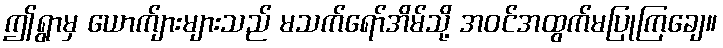
ဤရွာမှ ယောက်ျားများသည် မသက်ရော်အိမ်သို့ အဝင်အထွက်မပြုကြချေ။